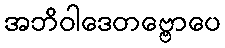
အဘိဝါဒေတဗ္ဗောပေ